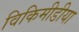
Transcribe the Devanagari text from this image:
विकिमीडीया